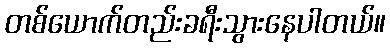
တစ်ယောက်တည်းခရီးသွားနေပါတယ်။